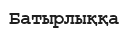
Батырлыққа